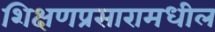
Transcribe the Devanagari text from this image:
शिक्षणप्रसारामधील